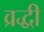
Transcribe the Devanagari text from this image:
व्रद्धी